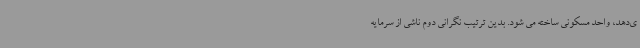
ی‌دهد، واحد مسکونی ساخته می شود. بدین ترتیب نگرانی دوم ناشی از سرمایه